Lunatic asylums Central Provinces reports 1910-1926 - 1910-1926
Year: 1910
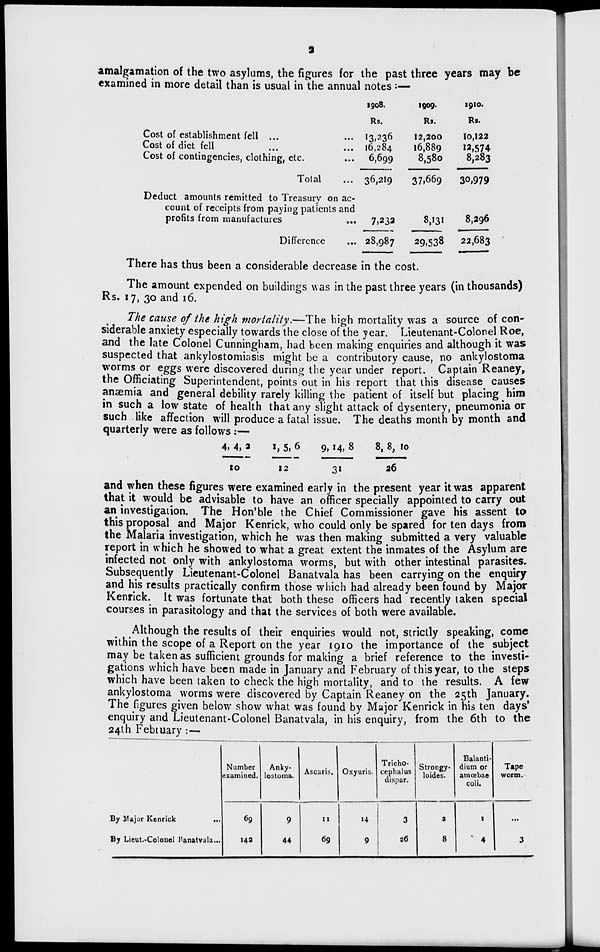
2
amalgamation of the two asylums, the figures for the past three years may be
examined in more detail than is usual in the annual notes:—
Cost of establishment fell ... ...
Cost of diet fell ... ...
Cost of contingencies, clothing, etc. ...
Total ...
Deduct amounts remitted to Treasury on ac-
count of receipts from paying patients and
profits from manufactures ...
Difference ...
1908.
Rs.
13,236
16,284
6,699
36,219
7,232
28,987
1909.
Rs.
12,200
16,889
8,580
37,669
8,131
29,538
1910.
Rs.
10,122
12,574
8,283
30,979
8,296
22,683
There has thus been a considerable decrease in the cost.
The amount expended on buildings was in the past three years (in thousands)
Rs. 17, 30 and 16.
The cause of the high mortality.—The high mortality was a source of con-
siderable anxiety especially towards the close of the year. Lieutenant-Colonel Roe,
and the late Colonel Cunningham, had been making enquiries and although it was
suspected that ankylostomiasis might be a contributory cause, no ankylostoma
worms or eggs were discovered during the year under report. Captain Reaney,
the Officiating Superintendent, points out in his report that this disease causes
anæmia and general debility rarely killing the patient of itself but placing him
in such a low state of health that any slight attack of dysentery, pneumonia or
such like affection will produce a fatal issue. The deaths month by month and
quarterly were as follows:—
4, 4, 2
10
1, 5, 6
12
9, 14, 8
31
8, 8, 10
26
and when these figures were examined early in the present year it was apparent
that it would be advisable to have an officer specially appointed to carry out
an investigation. The Hon'ble the Chief Commissioner gave his assent to
this proposal and Major Kenrick, who could only be spared for ten days from
the Malaria investigation, which he was then making submitted a very valuable
report in which he showed to what a great extent the inmates of the Asylum are
infected not only with ankylostoma worms, but with other intestinal parasites.
Subsequently Lieutenant-Colonel Banatvala has been carrying on the enquiry
and his results practically confirm those which had already been found by Major
Kenrick. It was fortunate that both these officers had recently taken special
courses in parasitology and that the services of both were available.
Although the results of their enquiries would not, strictly speaking, come
within the scope of a Report on the year 1910 the importance of the subject
may be taken as sufficient grounds for making a brief reference to the investi-
gations which have been made in January and February of this year, to the steps
which have been taken to check the high mortality, and to the results. A few
ankylostoma worms were discovered by Captain Reaney on the 25th January.
The figures given below show what was found by Major Kenrick in his ten days'
enquiry and Lieutenant-Colonel Banatvala, in his enquiry, from the 6th to the
24th February :—
By Major Kenrick
...
By Lieut.-Colonel Banatvala ...
Number
examined.
69
142
Anky-
lostoma.
9
44
Ascaris.
11
69
Oxyuris.
14
9
Tricho-
cephalus
dispar.
3
26
Strongy-
loides.
2
8
Balanti-
dium or
amœbae
coli.
1
4
Tape
worm.
...
3